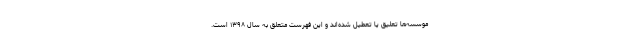
موسسه‌ها تعلیق یا تعطیل شده‌اند و این فهرست متعلق به سال ۱۳۹۸ است.